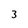
Character: 3